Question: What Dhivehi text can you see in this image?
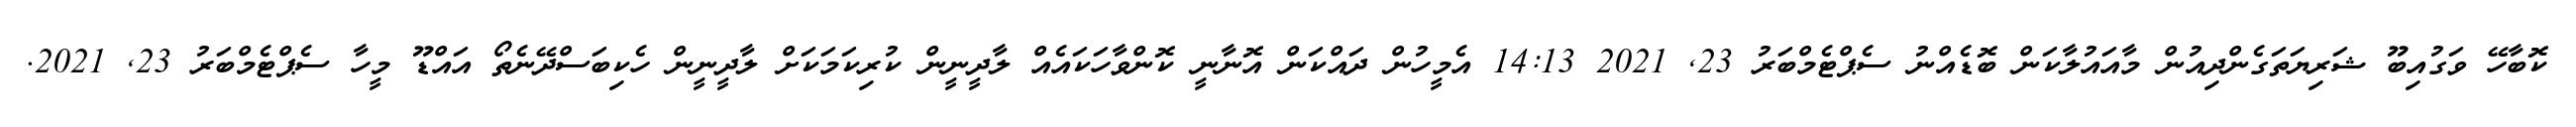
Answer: ކޮބާހޭ ވަގުއިބޫ ޝަރިޔަތަގެންދިއުން މާއައުލާކަން ބޮޑެއްނު ސެޕްޓެމްބަރު 23, 2021 14:13 އެމީހުން ދައްކަން އޮނާނީ ކޮންވާހަކައެއް ލާދީނީން ކުރިކަމަކަށް ލާދީނީން ހެކިބަސްދޭނެތޯ އައްޑޫ މީހާ ސެޕްޓެމްބަރު 23, 2021.